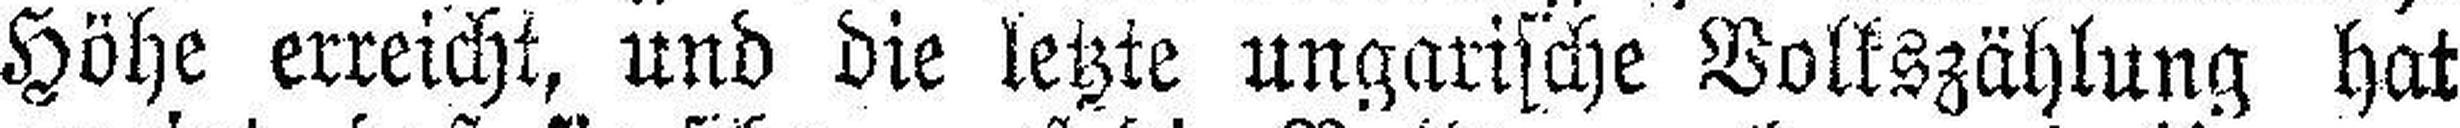
Höhe erreicht, und die letzte ungarische Volkszählung hat